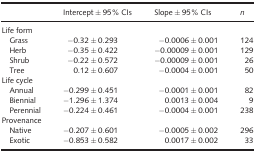
|  | Intercept ± 95% CIs | Slope ± 95% CIs | n |
 | --- | --- | --- | --- |
 | <COLSPAN=4> Life form |
 | Grass | −0.32 ± 0.293 | −0.0006 ± 0.001 | 124 |
 | Herb | −0.35 ± 0.422 | −0.00009 ± 0.001 | 129 |
 | Shrub | −0.22 ± 0.572 | −0.00009 ± 0.001 | 26 |
 | Tree | 0.12 ± 0.607 | −0.0004 ± 0.001 | 50 |
 | <COLSPAN=4> Life cycle |
 | Annual | −0.299 ± 0.451 | −0.0001 ± 0.001 | 82 |
 | Biennial | −1.296 ± 1.374 | 0.0013 ± 0.004 | 9 |
 | Perennial | −0.224 ± 0.461 | −0.0004 ± 0.001 | 238 |
 | <COLSPAN=4> Provenance |
 | Native | −0.207 ± 0.601 | −0.0005 ± 0.002 | 296 |
 | Exotic | −0.853 ± 0.582 | 0.0017 ± 0.002 | 33 |